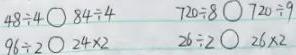
$48\div4\bigcirc84\div4\quad720\div8\bigcirc720\div9$
$96\div2\bigcirc24\times2\quad26\div2\bigcirc26\times2$